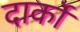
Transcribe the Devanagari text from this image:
दार्को